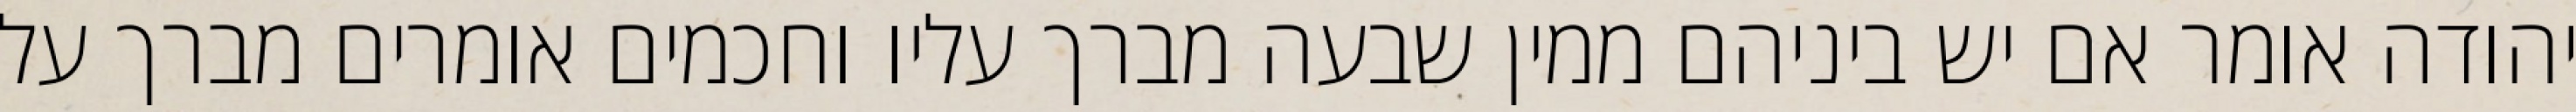
יהודה אומר אם יש ביניהם ממין שבעה מברך עליו וחכמים אומרים מברך על